Annual report of the Punjab Veterinary College and of the Civil Veterinary Department, Punjab - 1894-1908
Year: 1894
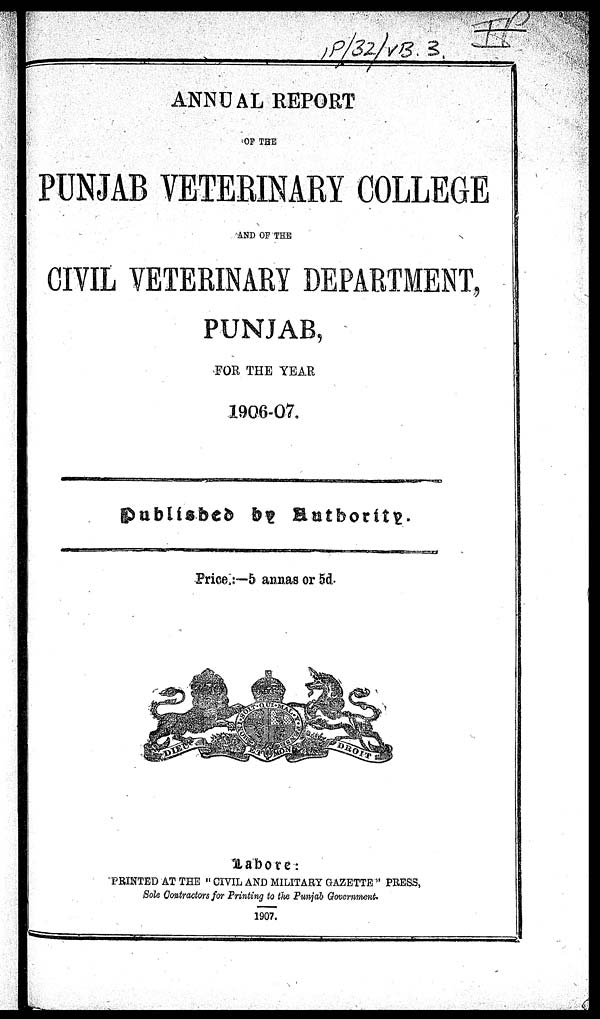
ANNUAL REPORT
OF THE
PUNJAB VETERINARY COLLEGE
AND OF THE
CIVIL VETERINARY DEPARTMENT,
PUNJAB,
FOR THE YEAR
1906-07.
Published by Authority.
Price.:—5 annas or 5d.
Lahore:
PRINTED AT THE "CIVIL AND MILITARY GAZETTE" PRESS,
Sole Contractors for Printing to the Punjab Government.
1907.